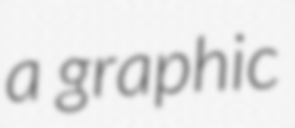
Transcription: a graphic